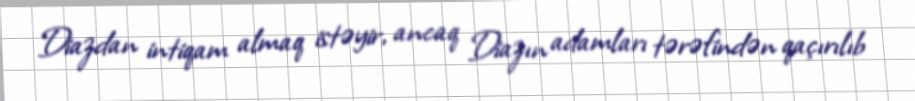
Diazdan intiqam almaq istəyir, ancaq Diazın adamları tərəfindən qaçırılıb